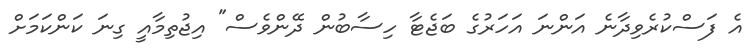
އެ ފަސްކުރެވިދާނެ އަންނަ އަހަރުގެ ބަޖެޓާ ހިސާބުން ދޭންވެސް" އިޖުތިމާއީ ގިނަ ކަންކަމަށް